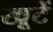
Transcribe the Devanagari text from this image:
खूटें